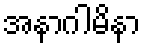
အနာဂါမိနာ